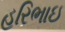
હરિભાઇ